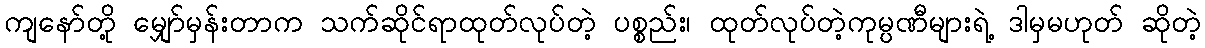
ကျနော်တို့ မျှော်မှန်းတာက သက်ဆိုင်ရာထုတ်လုပ်တဲ့ ပစ္စည်း၊ ထုတ်လုပ်တဲ့ကုမ္ပဏီများရဲ့ ဒါမှမဟုတ် ဆိုတဲ့